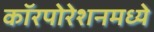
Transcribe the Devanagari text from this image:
कॉरपोरेशनमध्ये